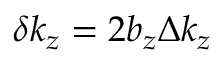
\delta k _ { z } = 2 b _ { z } \Delta k _ { z }